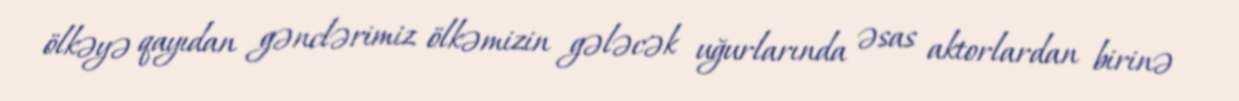
ölkəyə qayıdan gənclərimiz ölkəmizin gələcək uğurlarında əsas aktorlardan birinə